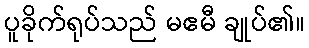
ပူခိုက်ရုပ်သည် မဧမီ ချုပ်၏။